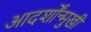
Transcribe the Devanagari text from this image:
आदर्शोंन्मुखी